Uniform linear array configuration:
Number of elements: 12
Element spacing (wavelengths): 0.5
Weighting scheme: exponential
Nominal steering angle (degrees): -30
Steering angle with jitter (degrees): -29.092
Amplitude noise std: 0.05
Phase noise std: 0.05

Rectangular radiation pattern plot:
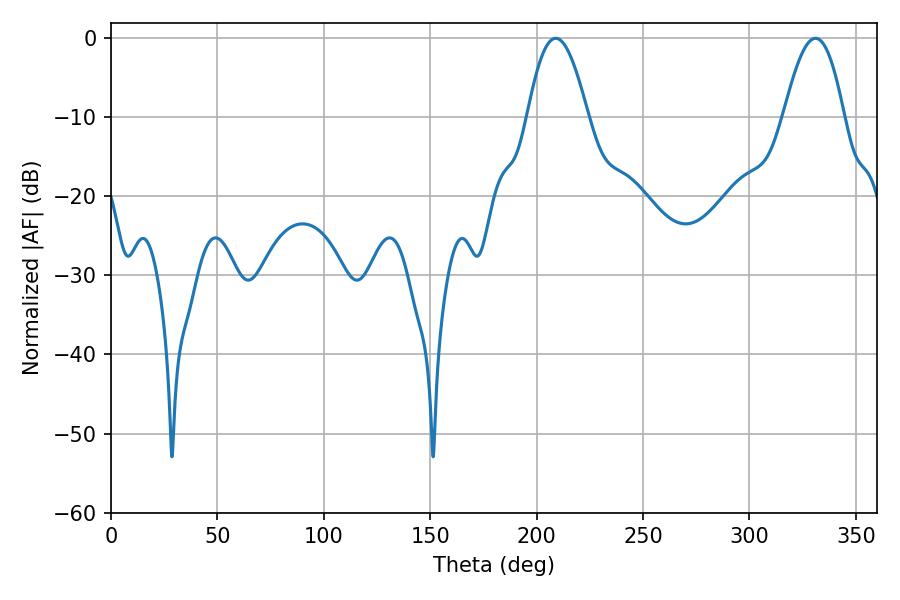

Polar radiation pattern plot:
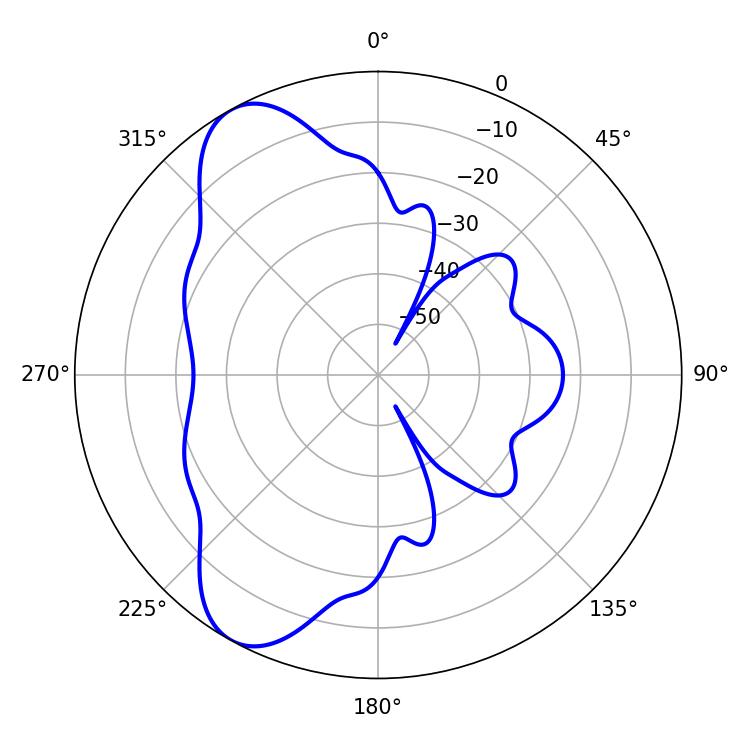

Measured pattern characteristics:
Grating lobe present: FALSE
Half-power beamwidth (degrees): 15.3
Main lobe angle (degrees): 208.98